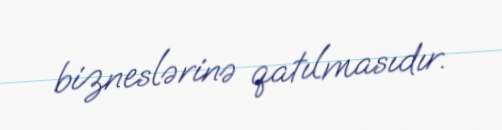
bizneslərinə qatılmasıdır.